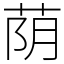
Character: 荫